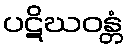
ပဋိဃဝန္တံ